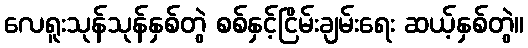
လေရူးသုန်သုန်နှစ်တွဲ စစ်နှင့်ငြိမ်းချမ်းရေး ဆယ့်နှစ်တွဲ။